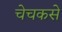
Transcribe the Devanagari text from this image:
चेचकसे